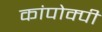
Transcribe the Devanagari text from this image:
कांपोक्पी